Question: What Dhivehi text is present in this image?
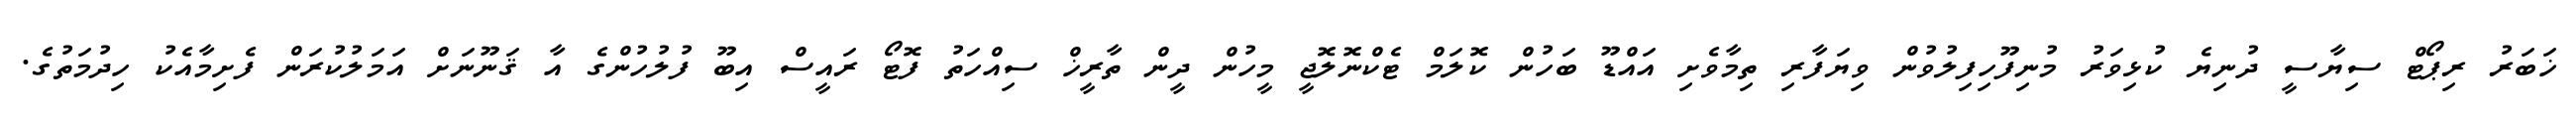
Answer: ޚަބަރު ރިޕޯޓް ސިޔާސީ ދުނިޔެ ކުޅިވަރު މުނިފޫހިފިލުވުން ވިޔަފާރި ތިމާވެށި އައްޑޫ ބަހުން ކޮލަމް ޓެކްނޮލޮޖީ މީހުން ދީން ތާރީޚް ސިއްހަތު ފޮޓޯ ރައީސް އިބޫ ފުލުހުންގެ އާ ޤަނޫނަށް އަމަލުކުރަން ފެށިމާއެކު ހިދުމަތުގެ.